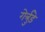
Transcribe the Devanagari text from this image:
गेर्त्रुड़े